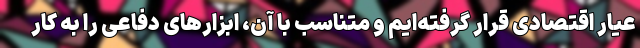
عیار اقتصادی قرار گرفته‌ایم و متناسب با آن، ابزارهای دفاعی را به کار